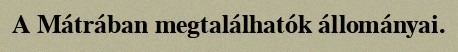
A Mátrában megtalálhatók állományai.